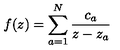
f ( z ) = \sum _ { a = 1 } ^ { N } { \frac { c _ { a } } { z - z _ { a } } }